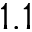
1 . 1